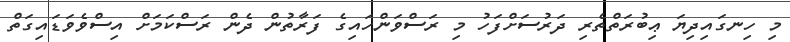
މި ހިނގައިދިޔަ ޢިބުރަތްތެރި ދަރުސަށްފަހު މި ރަސްވަންހައިގެ ފަރާތުން ދެން ރަސްކަމަށް އިސްވެވަޑައިގަތް